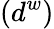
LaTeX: (d^{w})